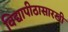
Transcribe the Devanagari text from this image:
विद्यापीठासारखी